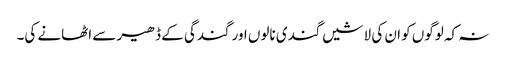
نہ کہ لوگوں کو ان کی لاشیں گندی نالوں اور گندگی کے ڈھیر سے اٹھانے کی۔